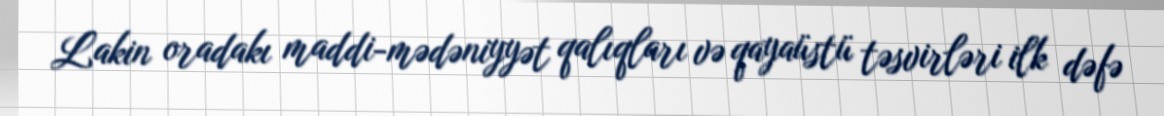
Lakin oradakı maddi-mədəniyyət qalıqları və qayaüstü təsvirləri ilk dəfə